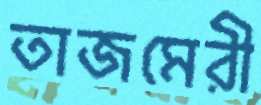
তাজমেরী